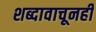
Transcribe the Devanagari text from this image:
शब्दावाचूनही